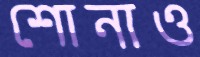
শোনাও